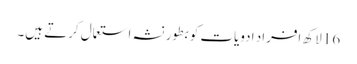
16 لاکھ افراد ادویات کو بطور نشہ استعمال کرتے ہیں۔